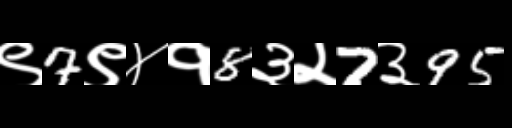
Text: ९7९४१8३२7३95